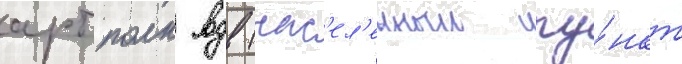
артполк вдв (нас'ел'енныи пу́нкт